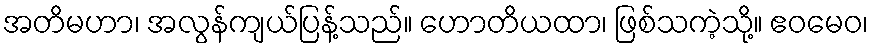
အတိမဟာ၊ အလွန်ကျယ်ပြန့်သည်။ ဟောတိယထာ၊ ဖြစ်သကဲ့သို့။ ဧဝမေဝ၊